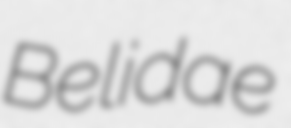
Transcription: Belidae